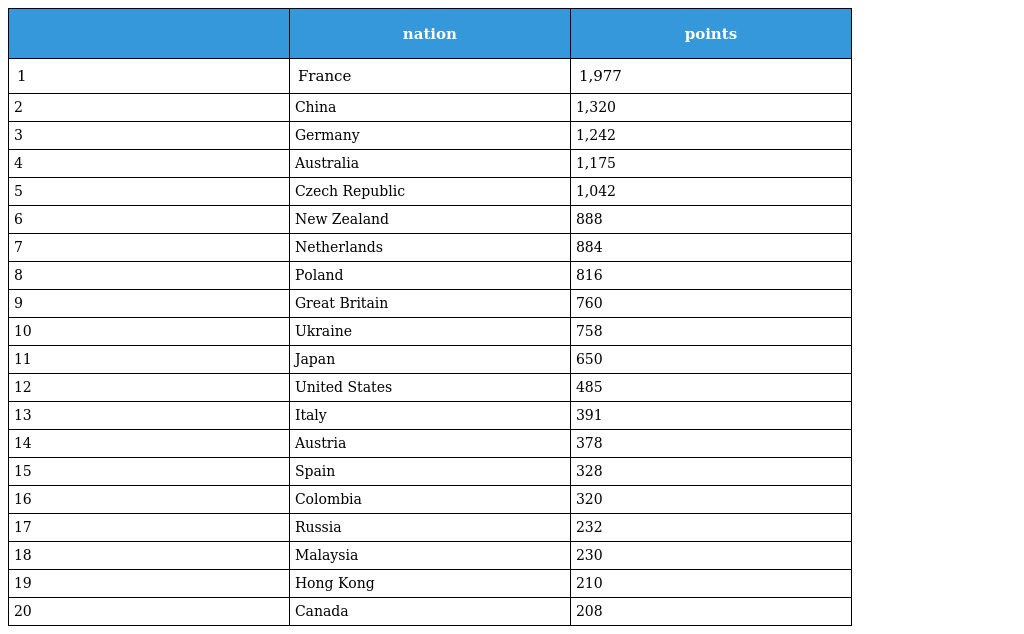
|  | nation | points |
 | --- | --- | --- |
 | 1 | France | 1,977 |
 | 2 | China | 1,320 |
 | 3 | Germany | 1,242 |
 | 4 | Australia | 1,175 |
 | 5 | Czech Republic | 1,042 |
 | 6 | New Zealand | 888 |
 | 7 | Netherlands | 884 |
 | 8 | Poland | 816 |
 | 9 | Great Britain | 760 |
 | 10 | Ukraine | 758 |
 | 11 | Japan | 650 |
 | 12 | United States | 485 |
 | 13 | Italy | 391 |
 | 14 | Austria | 378 |
 | 15 | Spain | 328 |
 | 16 | Colombia | 320 |
 | 17 | Russia | 232 |
 | 18 | Malaysia | 230 |
 | 19 | Hong Kong | 210 |
 | 20 | Canada | 208 |